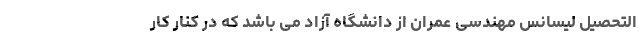
التحصیل لیسانس مهندسی عمران از دانشگاه آزاد می باشد که در کنار کار